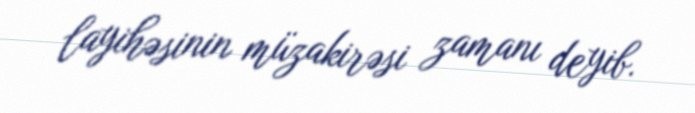
layihəsinin müzakirəsi zamanı deyib.